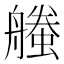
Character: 𧑥